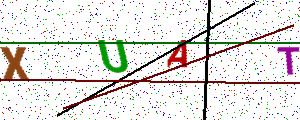
Text: XUAT